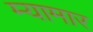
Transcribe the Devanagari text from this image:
म्यामार